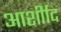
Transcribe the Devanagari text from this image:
आर्शीाद